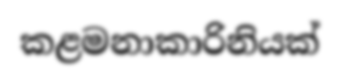
කළමනාකාරිනියක්